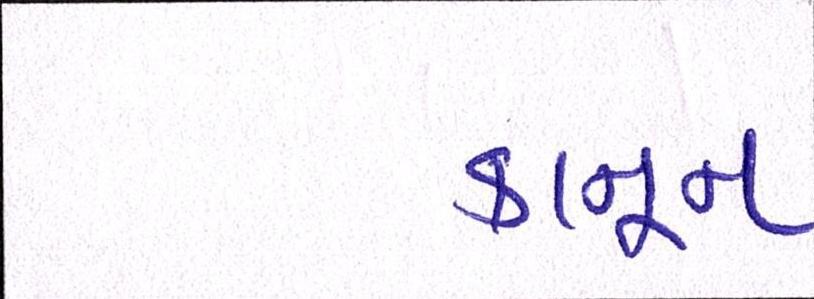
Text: કાનૂન